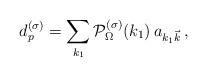
LaTeX: \begin{align*} d^{(\sigma)}_p=\sum_{k_1} {\cal P}_\Omega^{(\sigma)}(k_1)\, a_{k_1{\vec k}}\,,\end{align*}